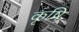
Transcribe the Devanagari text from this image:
कृषि